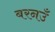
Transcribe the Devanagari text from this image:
बरनउँ